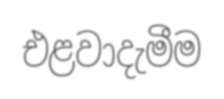
එළවාදැමීම